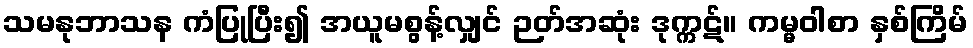
သမနုဘာသန ကံပြုပြီး၍ အယူမစွန့်လျှင် ဉတ်အဆုံး ဒုက္ကဋ်။ ကမ္မဝါစာ နှစ်ကြိမ်